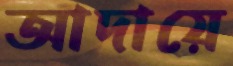
আদায়ে